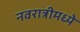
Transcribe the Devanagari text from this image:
नवरात्रीमध्ये